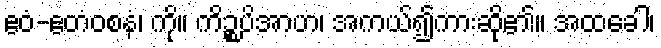
ဧဝံ-ဧတံဝစနံ၊ ကို။ ကိဉ္စပိအာဟ၊ အကယ်၍ကားဆို၏။ အထခေါ၊